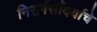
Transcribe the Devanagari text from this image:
निसर्गसौंदर्याचे